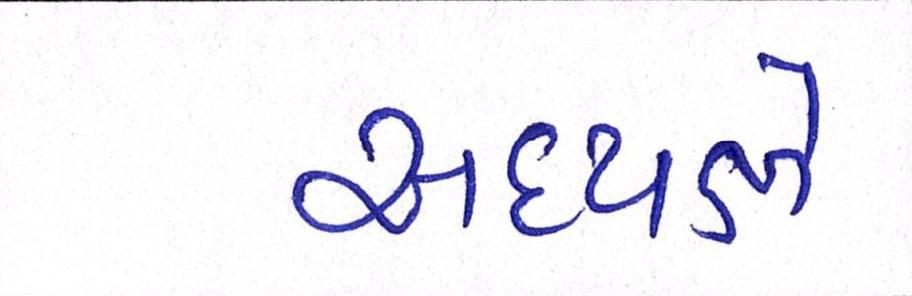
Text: અધ્યક્ષે